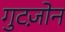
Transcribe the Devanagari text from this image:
गुटज़ोन